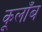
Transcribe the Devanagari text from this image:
कूलाँब